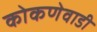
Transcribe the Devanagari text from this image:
कोकणेवाडी